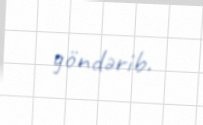
göndərib.